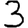
Digit: 3